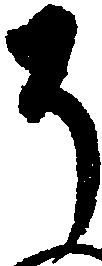
そ